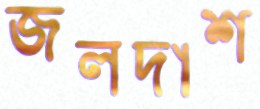
জলদাশ